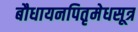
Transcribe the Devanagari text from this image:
बौधायनपितृमेधसूत्र